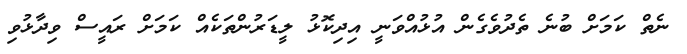
ނެތް ކަމަށް ބުނެ ތެދުވެގެން އުޅުއްވަނީ އިދިކޮޅު ލީޑަރުންތަކެއް ކަމަށް ރައީސް ވިދާޅުވި